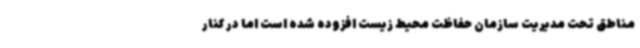
مناطق تحت مدیریت سازمان حفاظت محیط زیست افزوده شده است اما در کنار